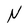
Character: N